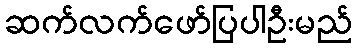
ဆက်လက်ဖော်ပြပါဦးမည်